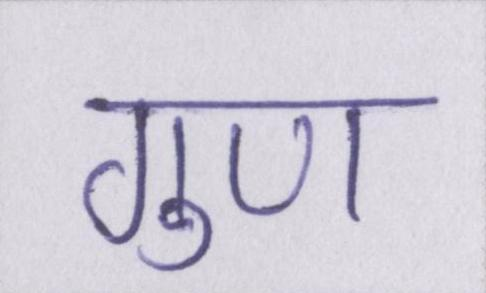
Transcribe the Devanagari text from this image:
गुण